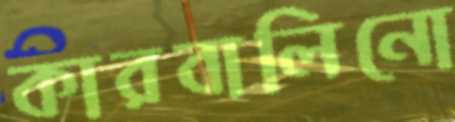
কারবালিনো